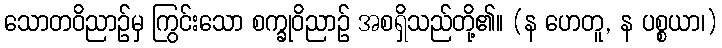
သောတဝိညာဉ်မှ ကြွင်းသော စက္ခုဝိညာဉ် အစရှိသည်တို့၏။ (န ဟေတူ, န ပစ္စယာ၊)